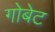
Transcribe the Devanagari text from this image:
गोबेट